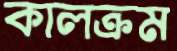
কালক্রম